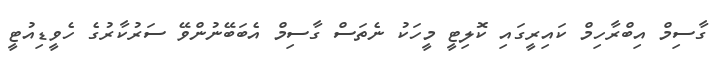
ގާސިމް އިބްރާހިމް ކައިރީގައި ކޮލިޓީ މީހަކު ނެތަސް ގާސިމް އެބަބޭނުންވޭ ސަރުކާރުގެ ހެވީޑިއުޓީ